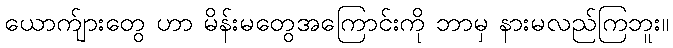
ယောက်ျားတွေ ဟာ မိန်းမတွေအကြောင်းကို ဘာမှ နားမလည်ကြဘူး။